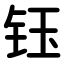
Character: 钰